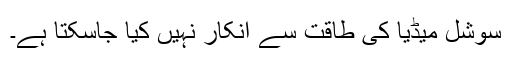
سوشل میڈیا کی طاقت سے انکار نہیں کیا جاسکتا ہے۔